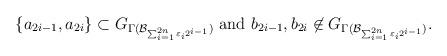
LaTeX: \begin{align*}\{a_{2i-1}, a_{2i} \} \subset G_{\Gamma( \mathcal{B}_{\sum_{i=1}^{2n} \varepsilon_{i} 2^{i-1}})} \ \mathrm{and} \ b_{2i-1}, b_{2i} \not\in G_{\Gamma( \mathcal{B}_{\sum_{i=1}^{2n} \varepsilon_{i} 2^{i-1}})}.\end{align*}